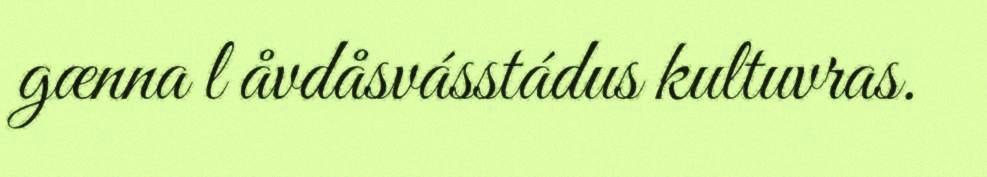
gænna l åvdåsvásstádus kultuvras.